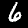
Digit: 6